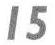
15